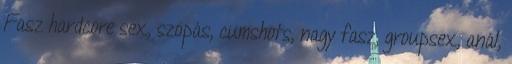
Fasz hardcore sex, szopás, cumshots, nagy fasz, groupsex, anál,